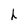
Character: h